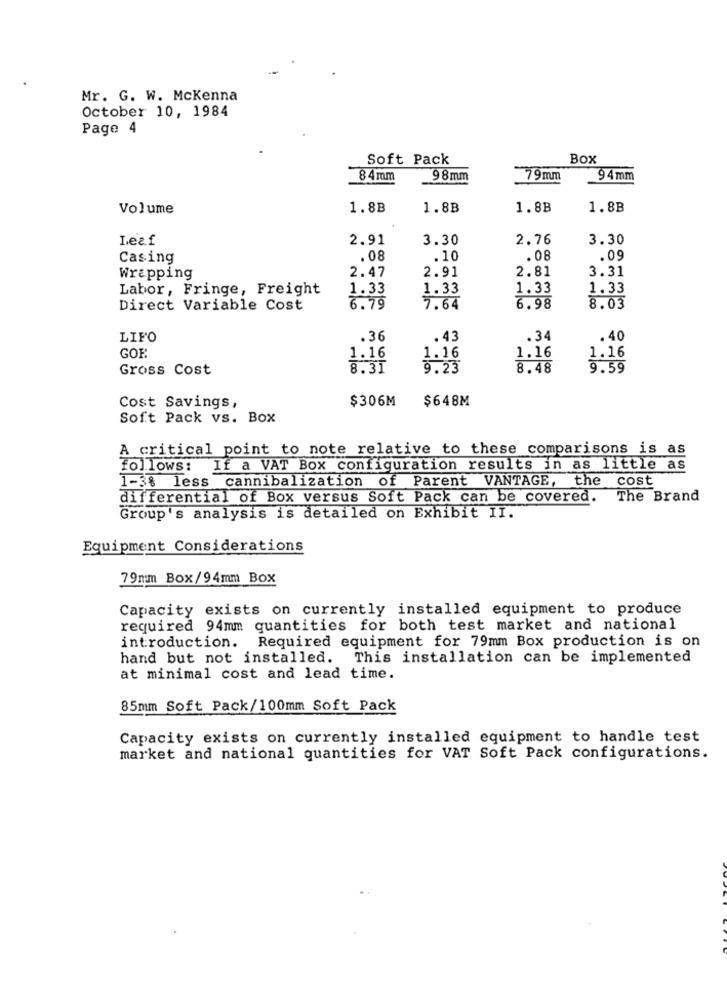
Mr. G. W. Mckenna
October 10, 1984
Page 4
Soft Pack
Box
84mm
98mm
79mm
94mm
Volume
1.8B
1.8B
1.8B
1.8B
Leaf
2.91
3.30
2.76
3.30
Casing
.08
.10
.08
.09
2.47
2.91
2.81
3.31
Wrapping
Labor, Fringe, Freight
1.33
1.33
1.33
1.33
Direct Variable Cost
7.64
6.98
8.03
LIFO
.36
.43
.34
.40
GOE
1.16
1.16
1.16
1.16
Gross Cost
8.31
9.23
8.48
9.59
Cost Savings,
$306M
$648M
Soft Pack vs. Box
A critical point to note relative to these comparisons is as
follows: If a VAT Box configuration results in as little as
1-3% less cannibalization of Parent VANTAGE, the cost
differential of Box versus Soft Pack can be covered. The Brand
Group's analysis is detailed on Exhibit II.
Equipment Considerations
79mm Box/94mm Box
Capacity exists on currently installed equipment to produce
required 94mm quantities for both test market and national
introduction. Required equipment for 79mm Box production is on
hand but not installed. This installation can be implemented
at minimal cost and lead time.
85mm Soft Pack/100mm Soft Pack
Capacity exists on currently installed equipment to handle test
market and national quantities for VAT Soft Pack configurations.